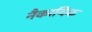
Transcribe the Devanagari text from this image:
नैकायिक